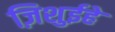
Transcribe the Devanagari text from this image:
ज़िशुईहे